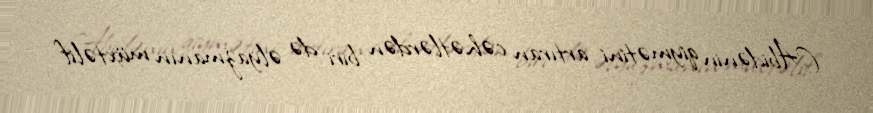
Abidənin qiymətini artıran cəhətlərdən biri də əlyazmanın müxtəlif